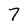
Character: 7